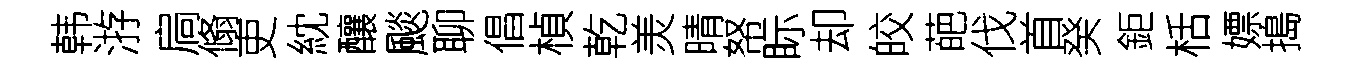
韩㳺扃翛吏紞釀颷聊倡楨乾羙晴帑眎却皎葩伐首癸鉅栝嫖搗